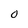
Character: O